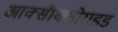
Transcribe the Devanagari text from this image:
आक्सीक्लोराइड